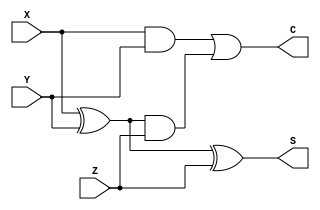
module FA(X,Y,Z,C,S);
   input X,Y,Z;
   output S,C;

   assign S = X ^ Y ^ Z;
   assign C = (X & Y) | ((X ^ Y) & Z);  

endmodule

module RCA_signed (A,B,C_in,C_out,SUM);
   parameter n = 4;
   input signed [n-1:0] A, B;
   input C_in;
   output signed [n-1:0] SUM;
   output C_out;

   wire signed[n-1:0] SUM;
   wire [n:0] carry;
   wire C_out;

   assign carry[0] = C_in;

   genvar i;

   for (i = 0; i < n; i = i + 1) begin
   FA full_adder(A[i], B[i], carry[i], carry[i+1], SUM[i]);
   end
   
   assign C_out = carry[n];

endmodule